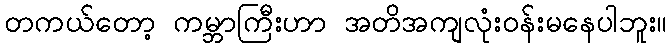
တကယ်တော့ ကမ္ဘာကြီးဟာ အတိအကျလုံးဝန်းမနေပါဘူး။